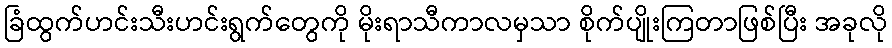
ခြံထွက်ဟင်းသီးဟင်းရွက်တွေကို မိုးရာသီကာလမှသာ စိုက်ပျိုးကြတာဖြစ်ပြီး အခုလို